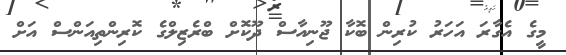
މީގެ އެގާރަ އަހަރު ކުރިން ބޮކާ ޖޫނިއާސް ދޫކޮށް ބްރެޒިލްގެ ކޮރިންތިއަންސް އަށް